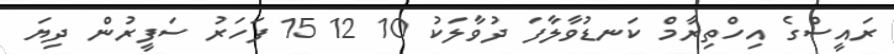
ރައީސްގެ އިހްތިރާމް ކަނޑުވާލާފަ ދުވާލަކު 10 12 15 ފަހަރު ސަފީރުން ދިޔަ